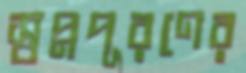
স্বপ্নপূরণের